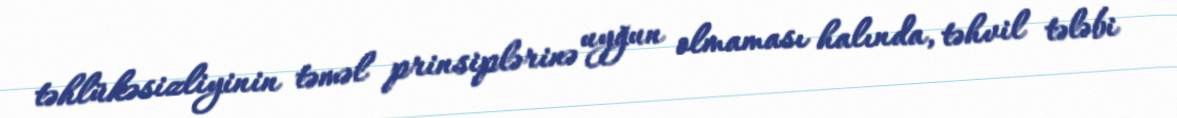
təhlükəsizliyinin təməl prinsiplərinə uyğun olmaması halında, təhvil tələbi